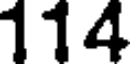
114